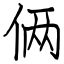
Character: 俩